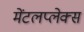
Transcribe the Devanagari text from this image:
मेंटलप्लेक्स